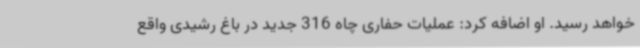
خواهد رسید. او اضافه کرد: عملیات حفاری چاه 316 جدید در باغ رشیدی واقع